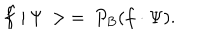
\hat { f } \, | \, \Psi \, > \: = \: P _ { B } ( f \cdot \Psi ) .